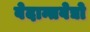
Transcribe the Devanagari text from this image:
वेदान्तवेद्यो